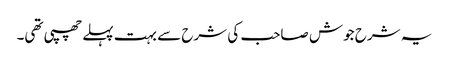
یہ شرح جوش صاحب کی شرح سے بہت پہلے چھپی تھی۔